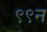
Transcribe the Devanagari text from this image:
९९न